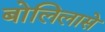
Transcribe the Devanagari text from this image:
बोलिलासे